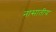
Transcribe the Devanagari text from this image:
नासातीय